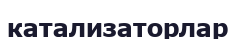
катализаторлар